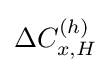
\Delta C_{x,H}^{(h)}